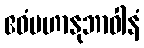
ဧဝံမဟာနုဘာဝါနံ